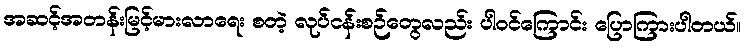
အဆင့်အတန်းမြင့်မားလာရေး စတဲ့ လုပ်ငန်းစဉ်တွေလည်း ပါဝင်ကြောင်း ပြောကြားပါတယ်။